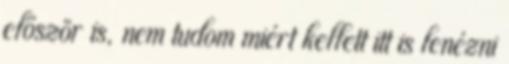
először is, nem tudom miért kellett itt is lenézni